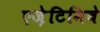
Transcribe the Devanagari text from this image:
एज़ेटिमिबे